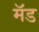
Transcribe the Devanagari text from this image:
मॅड